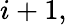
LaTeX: i+1,